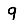
Digit: 9